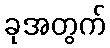
ခုအတွက်